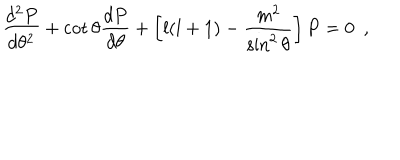
LaTeX: \frac { d ^ { 2 } P } { d \theta ^ { 2 } } + \cot \theta \frac { d P } { d \theta } + \left[ l ( l + 1 ) - \frac { m ^ { 2 } } { \sin ^ { 2 } \theta } \right] P = 0 ~ ~ ,